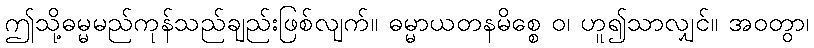
ဤသို့ဓမ္မမည်ကုန်သည်ချည်းဖြစ်လျက်။ ဓမ္မာယတနမိစ္စေ ဝ၊ ဟူ၍သာလျှင်။ အဝတွာ၊